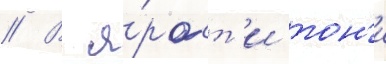
// В я́рост'и тон'и